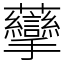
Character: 䖂